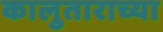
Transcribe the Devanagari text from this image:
कालुताराच्या